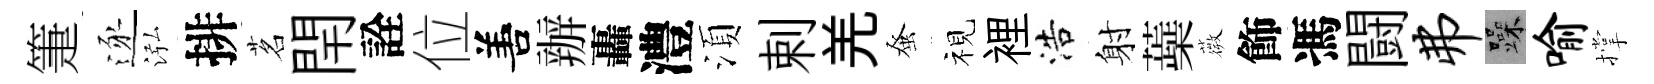
箑逐泓排茗閈詮位𠵊辦轟澧湏剌羌𫊫视裡浩射蘃薇飾馮闘弗躁喻撑